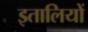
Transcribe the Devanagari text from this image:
इतालियों